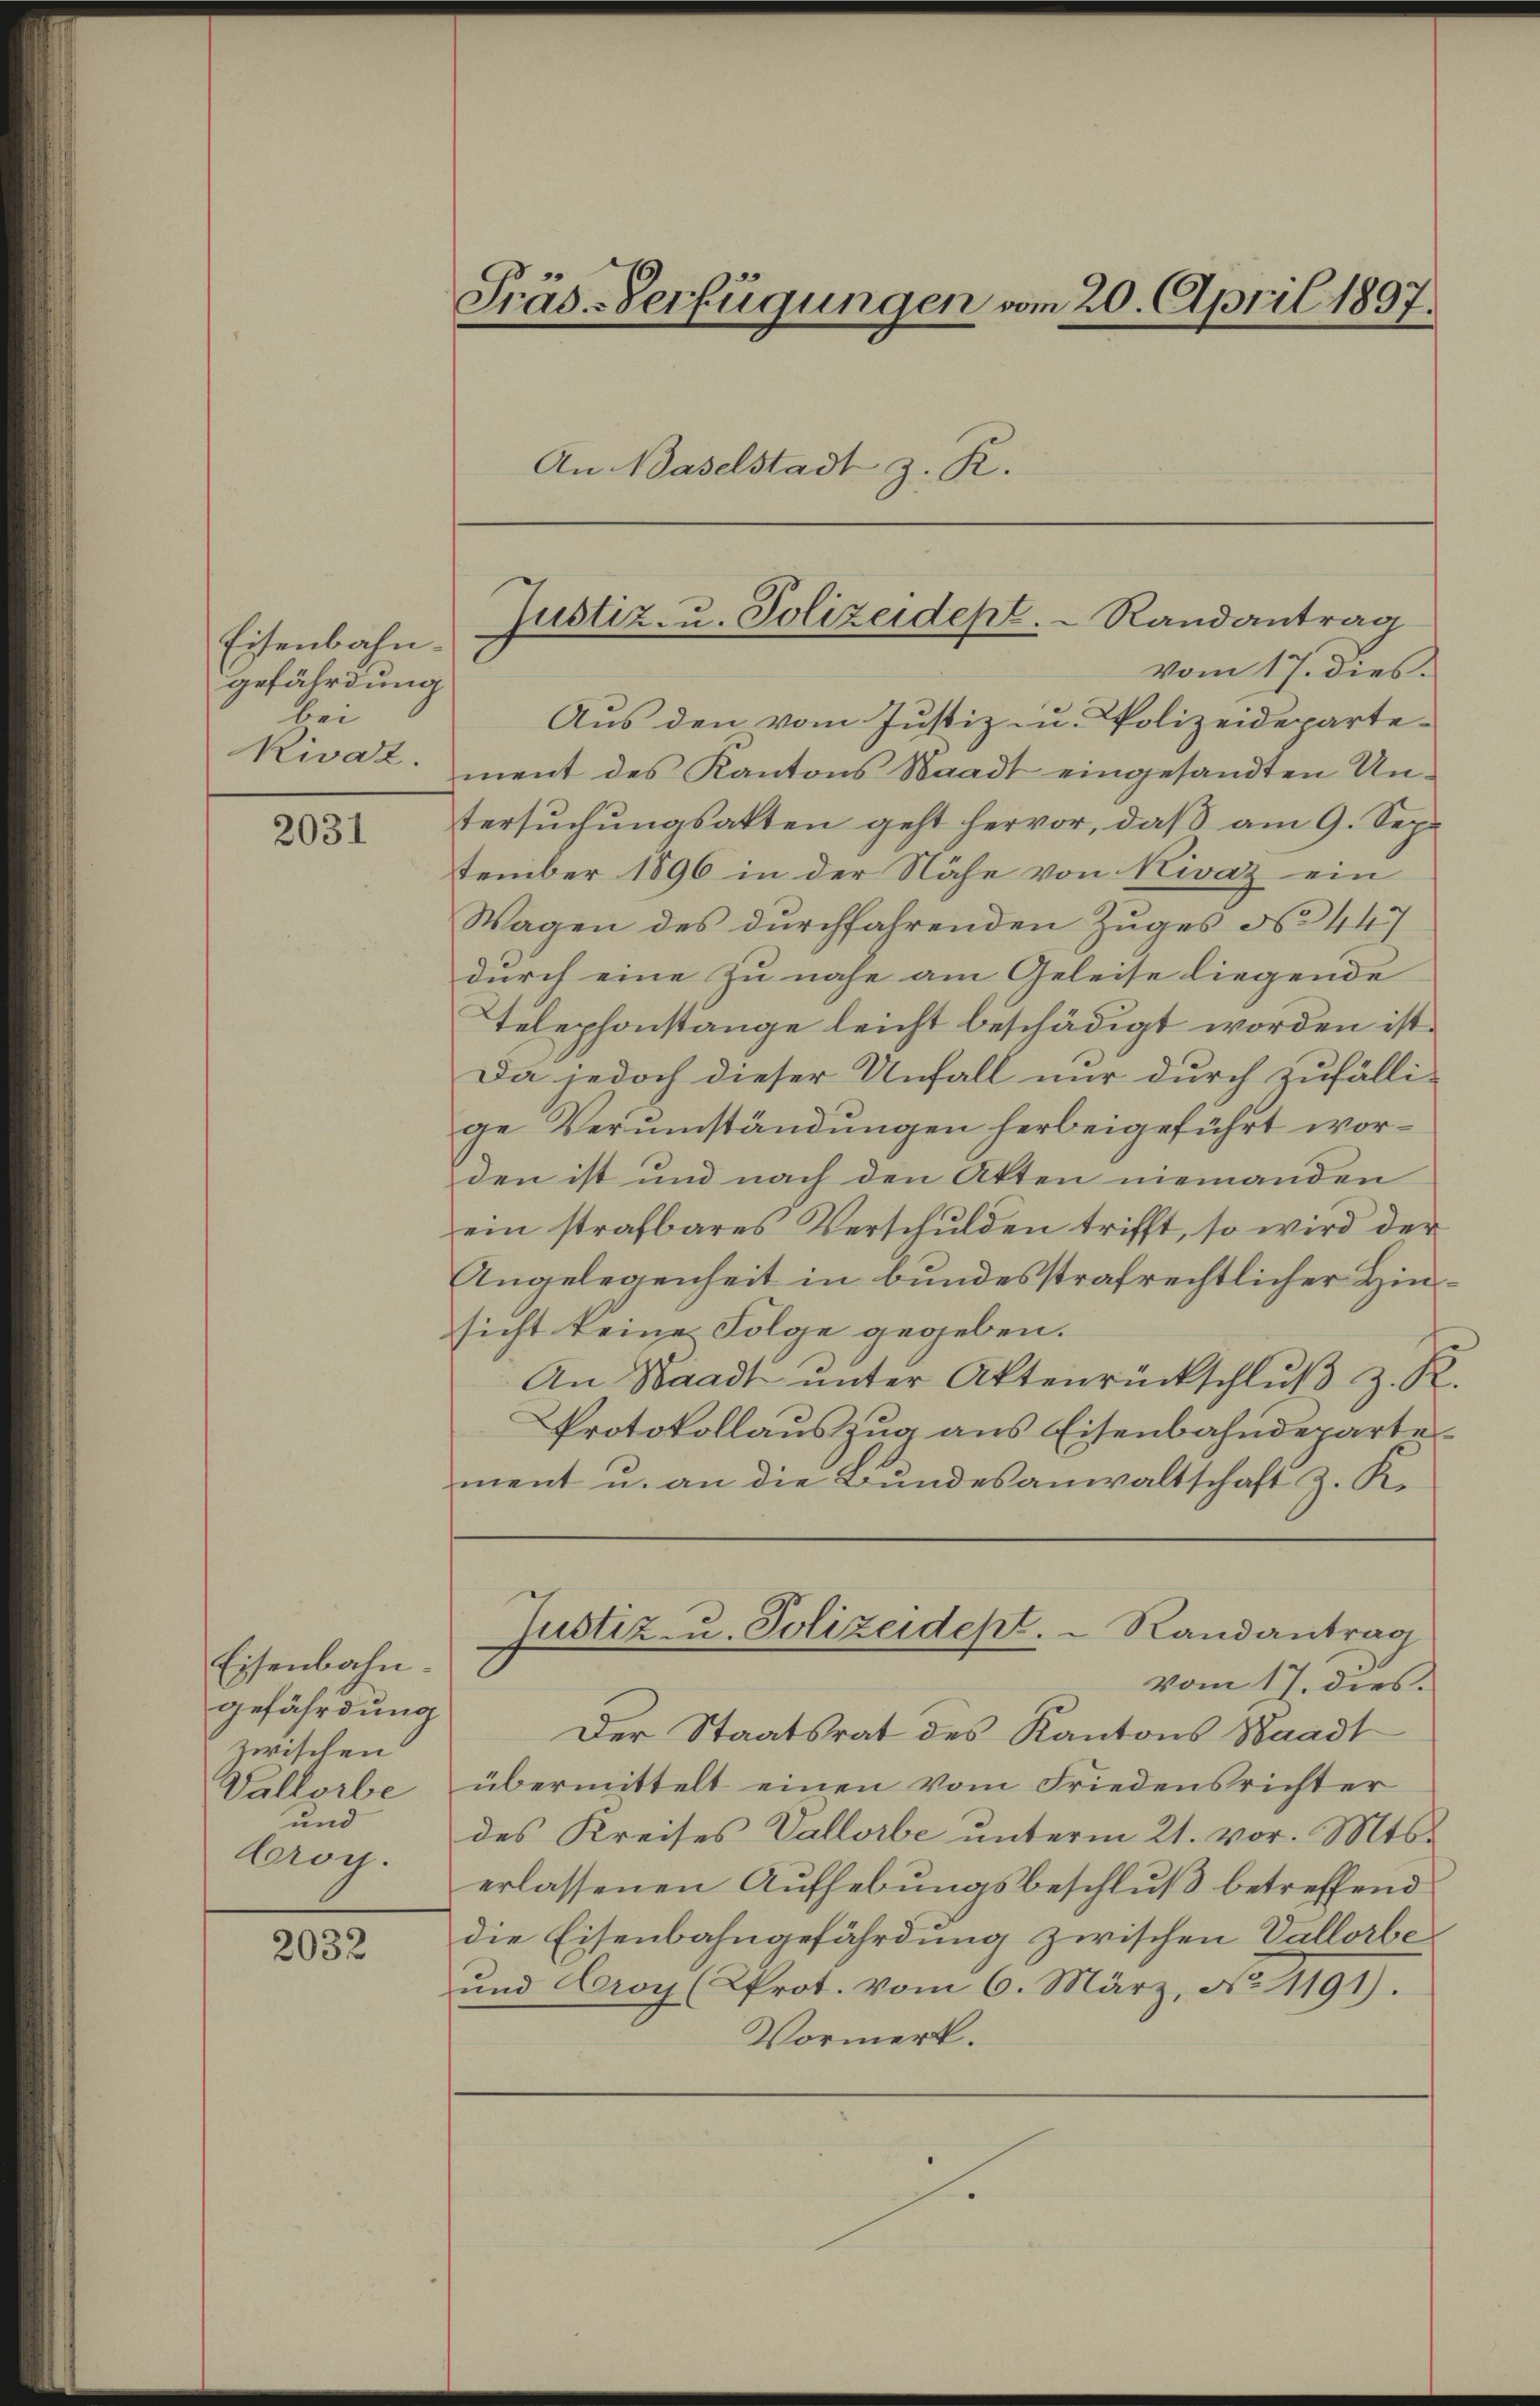
Eisenbahngefährdung
bei

2031

Eisenbahn.
gefährdung
zwischen
Vallorbe
und
Croy.

2032

Präs.-Verfügungen vom 20. April 1897.
An Waselstadt z. R.

Aus den vom Justiz u. Polizeideparte-
Rivaz. ment des Kantons Staadt eingesandten Un-
tersuchungsakten geht hervor, daß am 9. September 1896 in der Nähe von Nivaz ein
Wagen des durchfahrenden Zuges No 447
durch eine zu nahe am Geleise liegende
Telephonstange leicht beschädigt worden ist.
Da jedoch dieser Unfall nur durch zufälli-
ge Verumständungen herbeigeführt worden ist und nach den Akten niemanden
ein strafbares Verschulden trifft, so wird der
Angelegenheit in bundesstrafrechtlicher Hinsicht keine Folge gegeben.
An Waadt ŭnter Aktenrückschlŭβ z. R.
Protokollauszug aus Eisenbahndeparte
ment u. an die Bundesanwaltschaft z. K.
Justiz- u. Polizeidept.  Randantrag
vom 17. dies
Der Staatsrat des Kantons Waadt
übermittelt einen vom Friedensrichter
des Kreises Vallorbe unterm 21. vor. Mts.
erlassenen Aufhebungsbeschluß betreffend
die Eisenbahngefährdung zwischen Vallorbe¬
und Croy (Prot. vom 6. März, No 1191).
Vormerk.

Justiz- u. Polizeidept. Randantrag
vom 17. dies